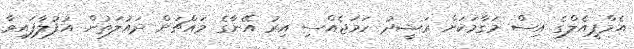
އެމްޕީއެލްގެ އިސް މަގާމަކަށް ރަޝީދު ހަމަޖެއްސި އިރު އޭނާގެ މައްޗަށް ދައުލަތުން އުފުލާފައިވާ